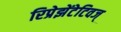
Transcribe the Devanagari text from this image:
रिप्रेझेंटेटिवज्